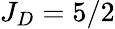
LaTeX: J_{D}=5/2